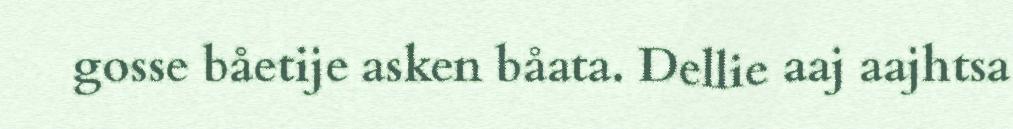
gosse båetije asken båata. Dellie aaj aajhtsa